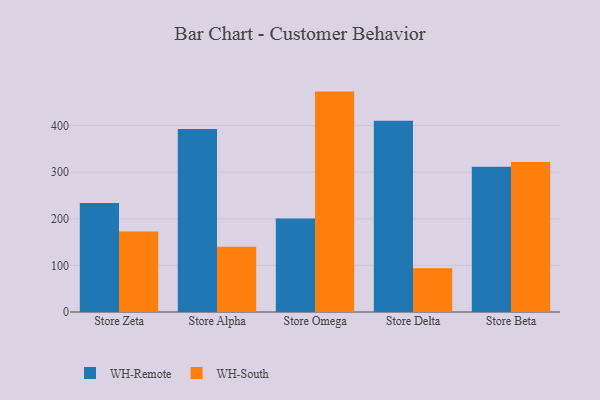
{"axis": {"x": "Store", "y": "Revenue (USD Million)"}, "legend": ["WH-Remote", "WH-South"], "data": [{"x": "Store Zeta", "y": 233.7, "type": "WH-Remote"}, {"x": "Store Zeta", "y": 172.5, "type": "WH-South"}, {"x": "Store Alpha", "y": 392.6, "type": "WH-Remote"}, {"x": "Store Alpha", "y": 139.9, "type": "WH-South"}, {"x": "Store Omega", "y": 200.5, "type": "WH-Remote"}, {"x": "Store Omega", "y": 472.9, "type": "WH-South"}, {"x": "Store Delta", "y": 410.4, "type": "WH-Remote"}, {"x": "Store Delta", "y": 93.7, "type": "WH-South"}, {"x": "Store Beta", "y": 311.4, "type": "WH-Remote"}, {"x": "Store Beta", "y": 321.7, "type": "WH-South"}]}